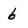
Character: 6